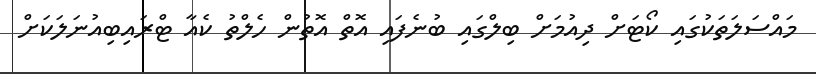
މައްސަލަތަކުގައި ކޯޓަށް ދިއުމަށް ބިލްގައި ބުނެފައި އޮތް އޮތުން ހެލްތު ކެއާ ޓްރައިބިއުނަލަކަށް